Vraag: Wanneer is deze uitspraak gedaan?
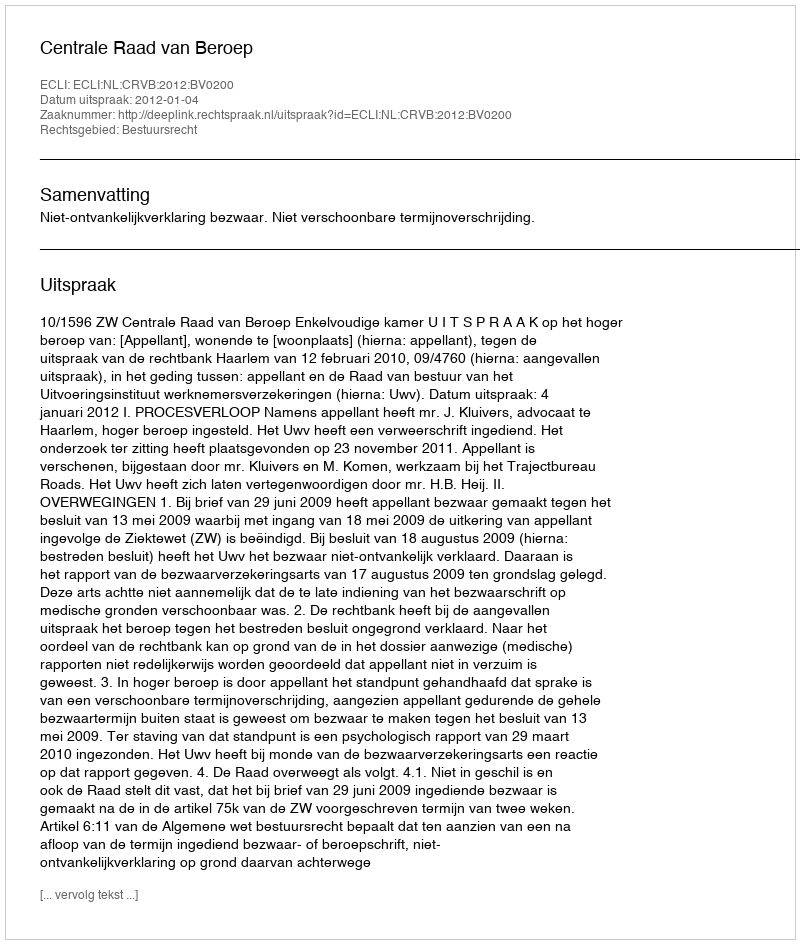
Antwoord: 2012-01-04